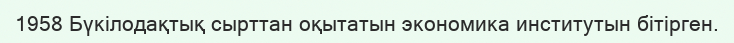
1958 Бүкілодақтық сырттан оқытатын экономика институтын бітірген.